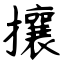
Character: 攘